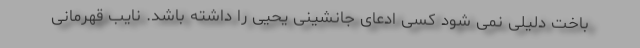
باخت دلیلی نمی شود کسی ادعای جانشینی یحیی را داشته باشد. نایب قهرمانی